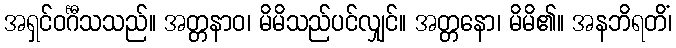
အရှင်ဝင်္ဂီသသည်။ အတ္တနာဝ၊ မိမိသည်ပင်လျှင်။ အတ္တနော၊ မိမိ၏။ အနဘိရတိံ၊